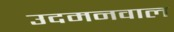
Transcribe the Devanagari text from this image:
उदमनवाल